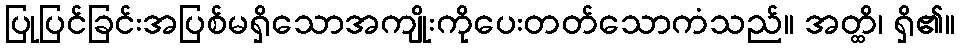
ပြုပြင်ခြင်းအပြစ်မရှိသောအကျိုးကိုပေးတတ်သောကံသည်။ အတ္ထိ၊ ရှိ၏။